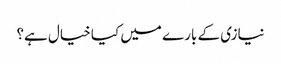
نیازی کے بارے میں کیا خیال ہے؟